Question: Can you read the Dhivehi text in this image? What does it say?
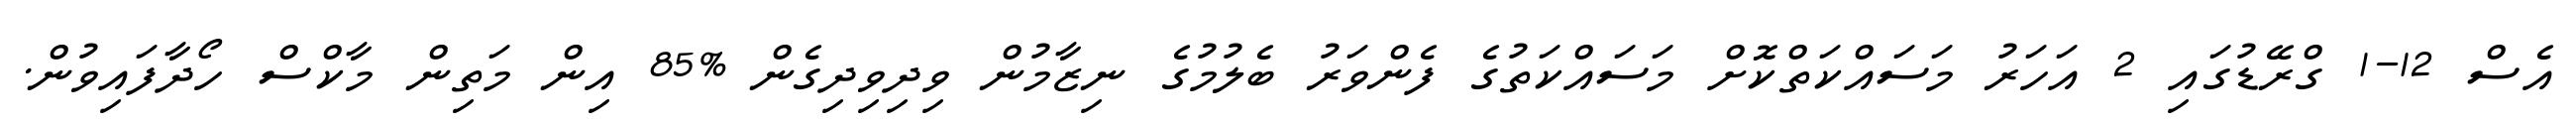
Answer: އެސް 12-1 ގްރޭޑުގައި 2 އަހަރު މަސައްކަތްކޮށް މަސައްކަތުގެ ފެންވަރު ބެލުމުގެ ނިޒާމުން ވިދިވިދިގެން %85 އިން މަތިން މާކްސް ހޯދާފައިވުން.